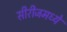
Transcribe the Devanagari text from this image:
सीरीजमध्ये